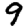
Digit: 9